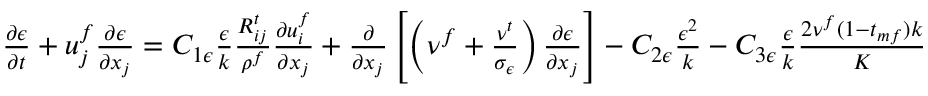
\begin{array} { r } { \frac { \partial \epsilon } { \partial t } + u _ { j } ^ { f } \frac { \partial \epsilon } { \partial x _ { j } } = C _ { 1 \epsilon } \frac { \epsilon } { k } \frac { R _ { i j } ^ { t } } { \rho ^ { f } } \frac { \partial u _ { i } ^ { f } } { \partial x _ { j } } + \frac { \partial } { \partial x _ { j } } \left[ \left( \nu ^ { f } + \frac { \nu ^ { t } } { \sigma _ { \epsilon } } \right) \frac { \partial \epsilon } { \partial x _ { j } } \right] - C _ { 2 \epsilon } \frac { \epsilon ^ { 2 } } { k } - C _ { 3 \epsilon } \frac { \epsilon } { k } \frac { 2 \nu ^ { f } ( 1 - t _ { m f } ) k } { K } } \end{array}